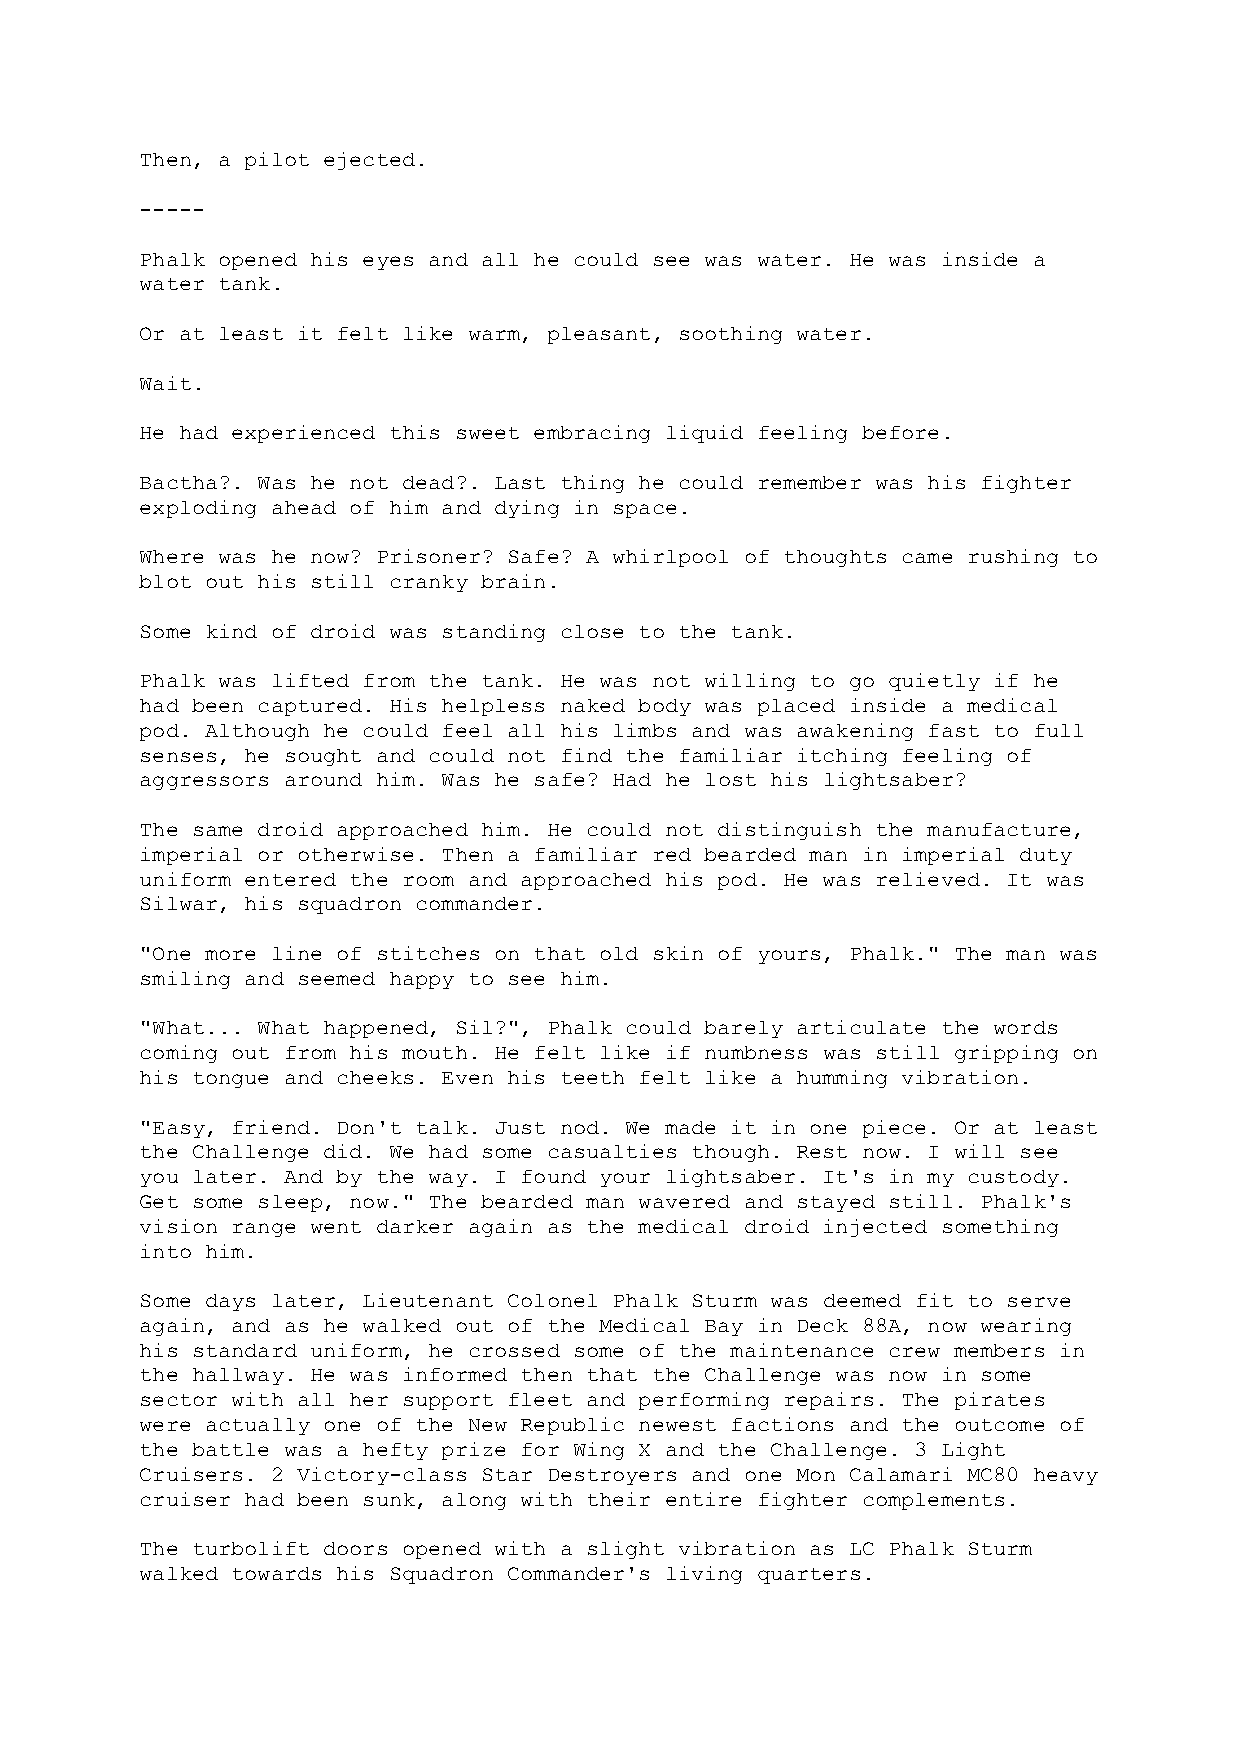
Then, a pilot ejected.
 -----
 Phalk opened his eyes and all he could see was water. He was inside a
 water tank.
 Or at least it felt like warm, pleasant, soothing water.
 Wait.
 He had experienced this sweet embracing liquid feeling before.
 Bactha?. Was he not dead?. Last thing he could remember was his fighter
 exploding ahead of him and dying in space.
 Where was he now? Prisoner? Safe? A whirlpool of thoughts came rushing to
 blot out his still cranky brain.
 Some kind of droid was standing close to the tank.
 Phalk was lifted from the tank. He was not willing to go quietly if he
 had been captured. His helpless naked body was placed inside a medical
 pod. Although he could feel all his limbs and was awakening fast to full
 senses, he sought and could not find the familiar itching feeling of
 aggressors around him. Was he safe? Had he lost his lightsaber?
 The same droid approached him. He could not distinguish the manufacture,
 imperial or otherwise. Then a familiar red bearded man in imperial duty
 uniform entered the room and approached his pod. He was relieved. It was
 Silwar, his squadron commander.
 "One more line of stitches on that old skin of yours, Phalk." The man was
 smiling and seemed happy to see him.
 "What... What happened, Sil?", Phalk could barely articulate the words
 coming out from his mouth. He felt like if numbness was still gripping on
 his tongue and cheeks. Even his teeth felt like a humming vibration.
 "Easy, friend. Don't talk. Just nod. We made it in one piece. Or at least
 the Challenge did. We had some casualties though. Rest now. I will see
 you later. And by the way. I found your lightsaber. It's in my custody.
 Get some sleep, now." The bearded man wavered and stayed still. Phalk's
 vision range went darker again as the medical droid injected something
 into him.
 Some days later, Lieutenant Colonel Phalk Sturm was deemed fit to serve
 again, and as he walked out of the Medical Bay in Deck 88A, now wearing
 his standard uniform, he crossed some of the maintenance crew members in
 the hallway. He was informed then that the Challenge was now in some
 sector with all her support fleet and performing repairs. The pirates
 were actually one of the New Republic newest factions and the outcome of
 the battle was a hefty prize for Wing X and the Challenge. 3 Light
 Cruisers. 2 Victory-class Star Destroyers and one Mon Calamari MC80 heavy
 cruiser had been sunk, along with their entire fighter complements.
 The turbolift doors opened with a slight vibration as LC Phalk Sturm
 walked towards his Squadron Commander's living quarters.